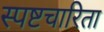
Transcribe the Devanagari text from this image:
स्पष्टचारिता